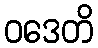
ဝဒေတိ